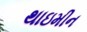
થાઇમીન